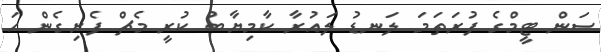
ސަން ޓީމްގެ ފުރަތަމަ ލަނޑު ލައުރާ ކާމިޔާބު ކުރީ މެޗް ފެށިގެން ހަ